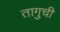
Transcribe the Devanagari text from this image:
तागुची